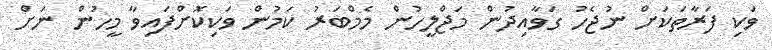
ވަކި ފަރާތަކަށް ނުޖެހު ގަވާއިދުން މަޖްލީހުން މެމްބަރު ކަމުން ވަކިކޮށްފައިވާ މީހުން ނަށް